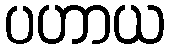
ပဟာယ